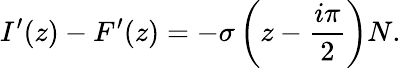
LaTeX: I^{\prime}(z)-F^{\prime}(z)=-\sigma\left(z-\frac{i\pi}{2}\right)N.